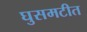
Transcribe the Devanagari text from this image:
घुसमटीत